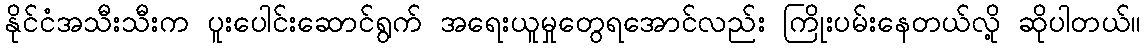
နိုင်ငံအသီးသီးက ပူးပေါင်းဆောင်ရွက် အရေးယူမှုတွေရအောင်လည်း ကြိုးပမ်းနေတယ်လို့ ဆိုပါတယ်။